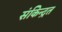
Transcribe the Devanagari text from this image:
संकेिन्द्रत